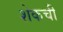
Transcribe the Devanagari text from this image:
शेकची